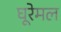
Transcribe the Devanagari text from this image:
घूरेमल